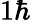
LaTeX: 1\hbar